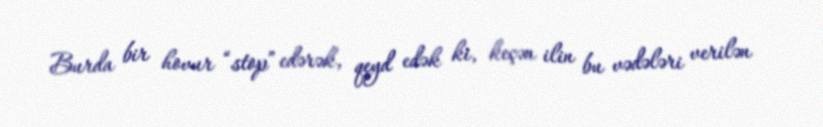
Burda bir hovur “stop” edərək, qeyd edək ki, keçən ilin bu vədələri verilən